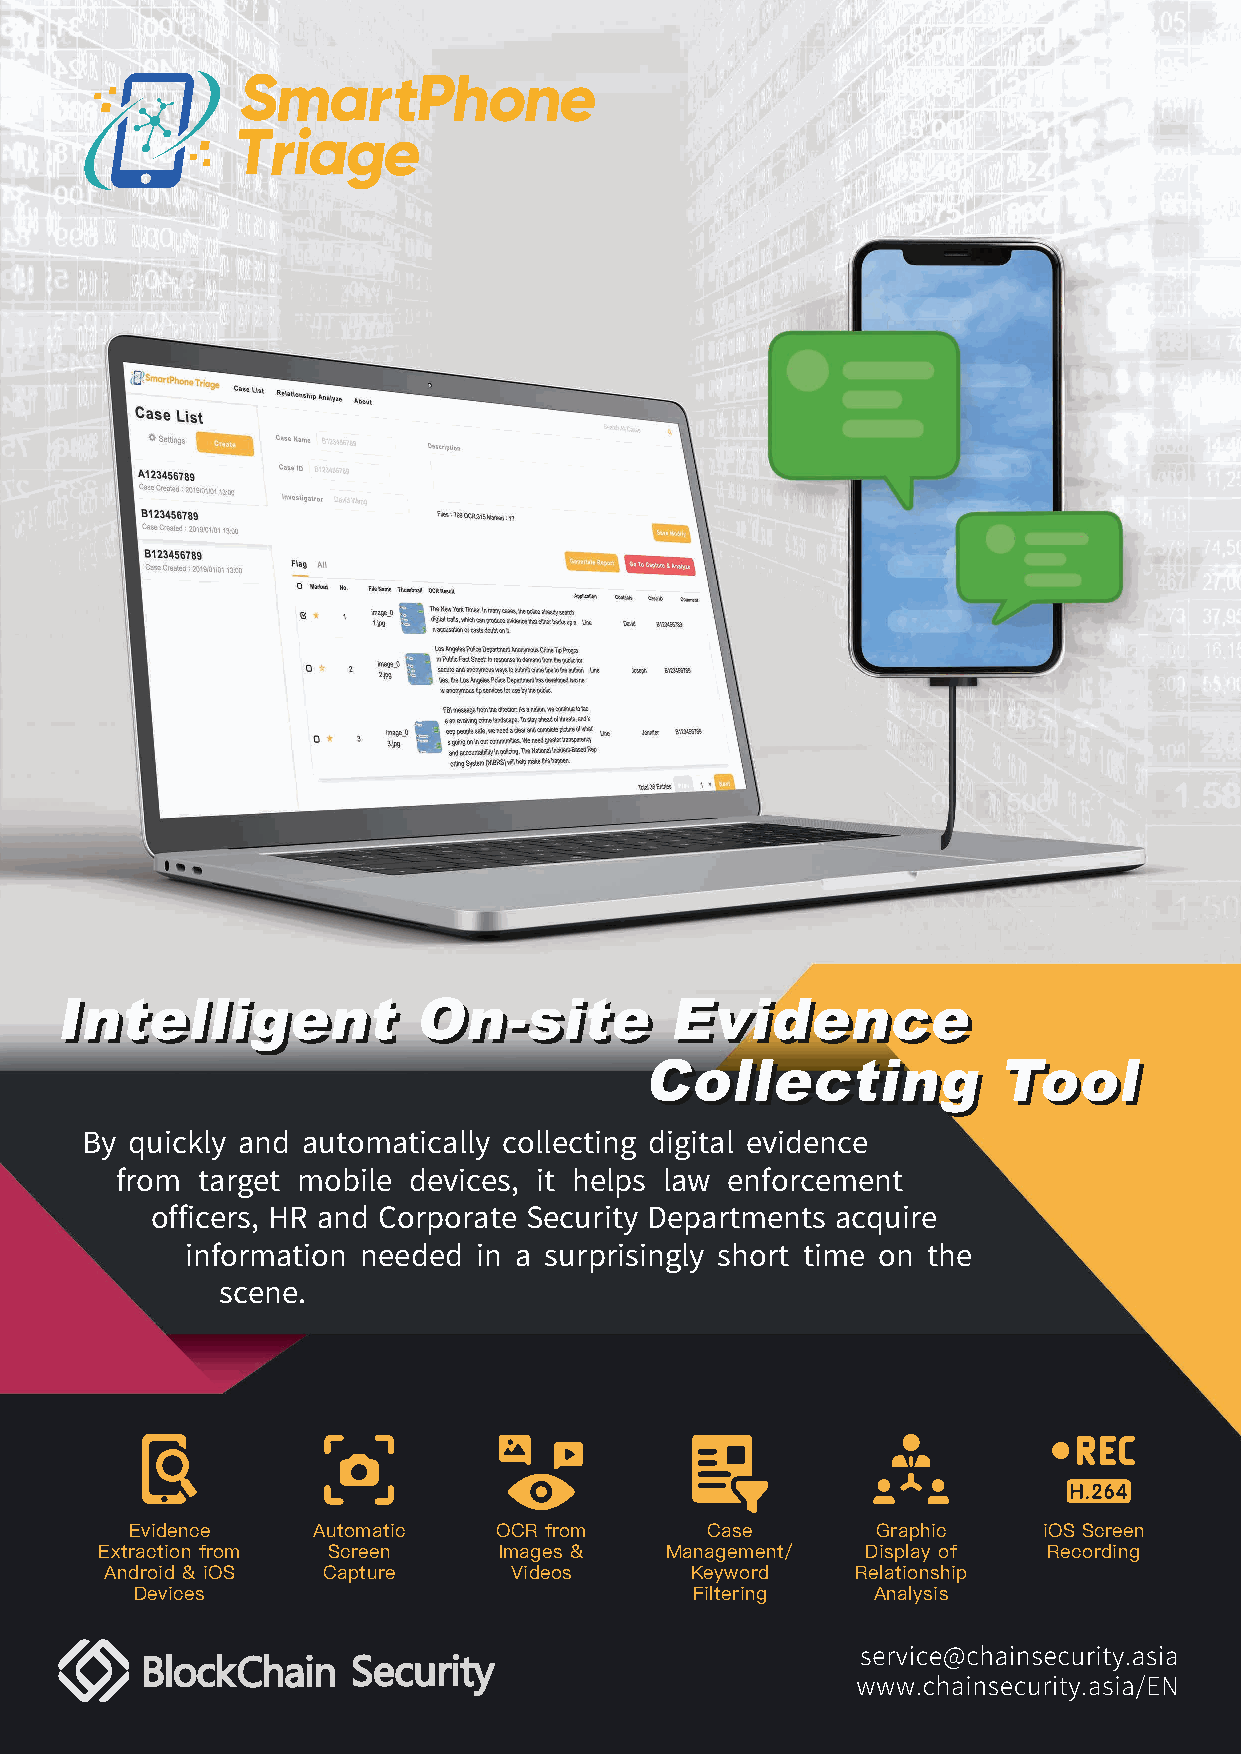
IInntteelllliiggeenntt OOnn--ssiittee   EEvviiddeennccee
 CCoolllleeccttiinngg    TTooooll
 By quickly and automatically collecting digital evidence
 from target mobile devices, it helps law enforcement
 officers, HR and Corporate Security Departments acquire
 information needed  in a surprisingly short time on the
 scene.
 Evidence    Automatic   OCR from      Case       Graphic    iOS Screen
 Extraction from Screen    Images &   Management/  Display of  Recording
 Android & iOS Capture      Videos      Keyword    Relationship
 Devices                              Filtering   Analysis